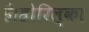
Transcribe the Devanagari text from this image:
है।होरिल्का